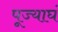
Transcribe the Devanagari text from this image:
पूज्याघं